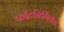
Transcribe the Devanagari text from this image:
फाँटनिर्मितीस